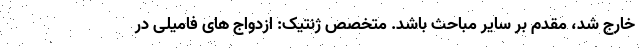
خارج شد، مقدم بر سایر مباحث باشد. متخصص ژنتیک: ازدواج های فامیلی در